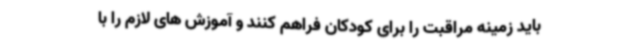
باید زمینه مراقبت را برای کودکان فراهم کنند و آموزش های لازم را با